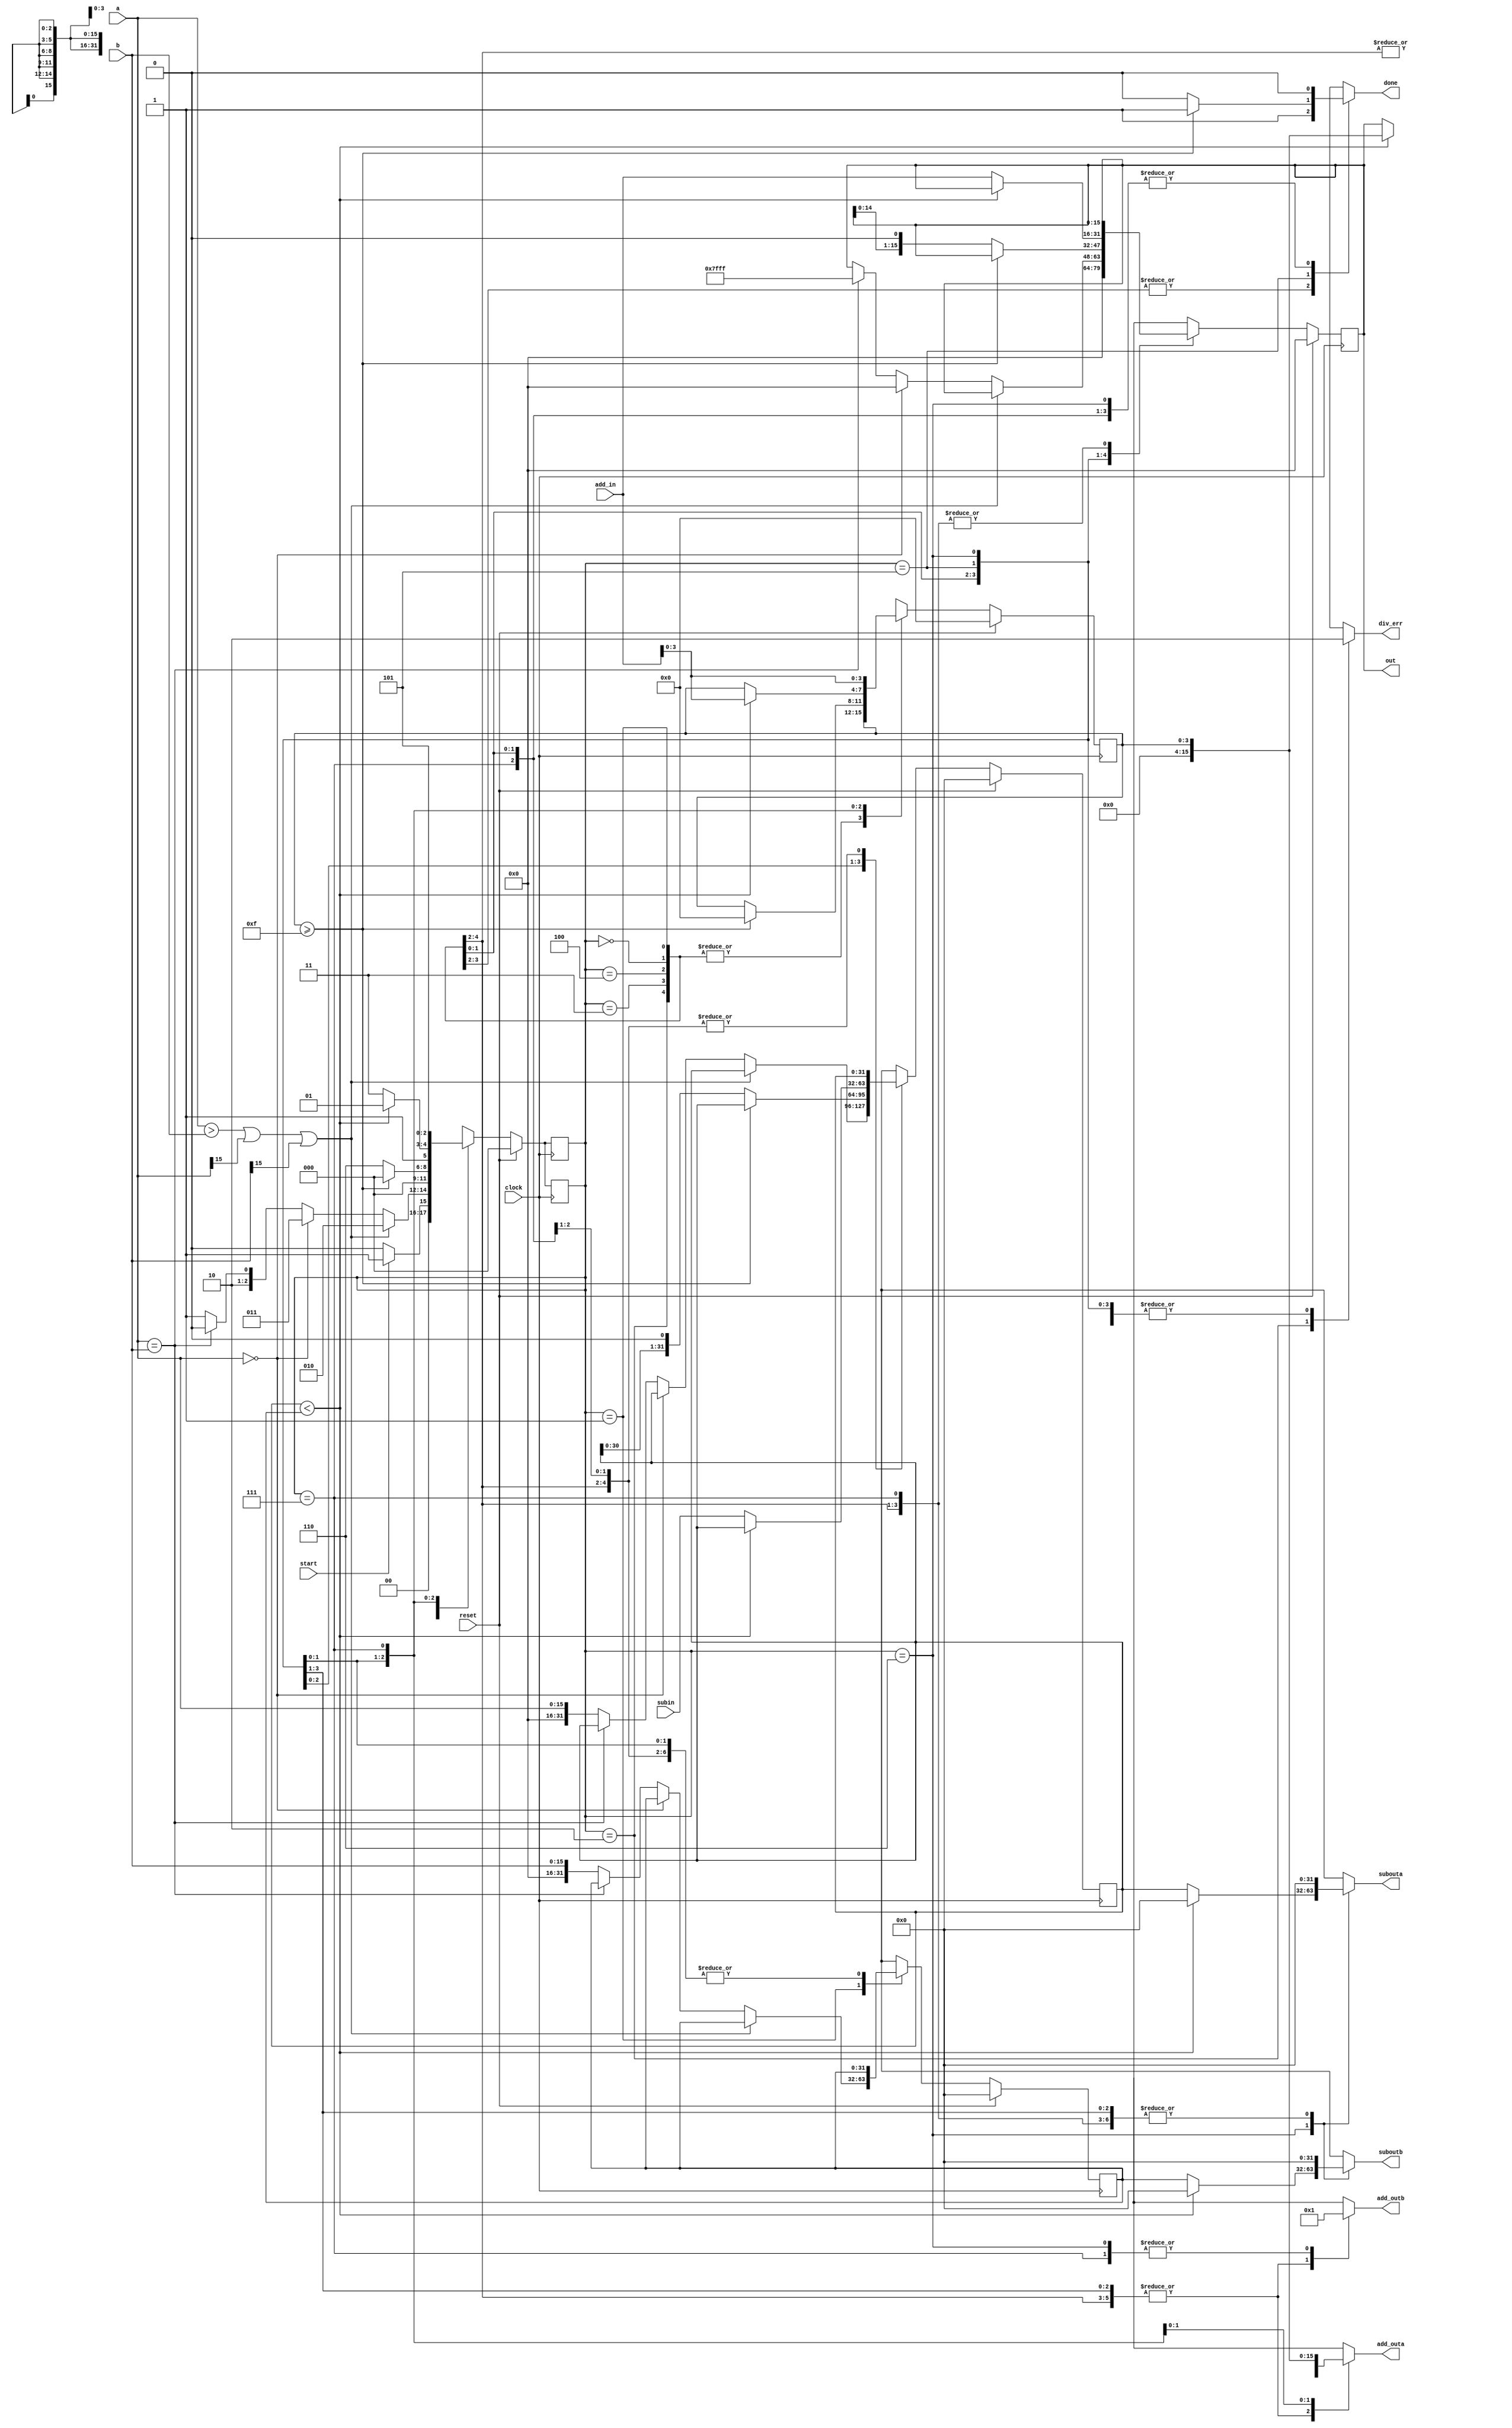
module div_s(clock, reset, a, b, div_err, out, start, done, subouta, suboutb, subin,
					add_outa,add_outb,add_in);
	input clock, reset, start;
   input [15:0] a;
   input [15:0] b;
	input [31:0] subin;
	input [15:0] add_in;
	output reg done, div_err;
   output reg [15:0] out;
	output reg [31:0] subouta, suboutb;
	output reg [15:0] add_outa, add_outb;
	
	parameter MIN_16 = 16'h8000;
	parameter MAX_16 = 16'h7fff;
	parameter init = 3'd0;
	parameter check_state = 3'd1;
	parameter err_state = 3'd2;
	parameter zero_state = 3'd3;
	parameter max_state = 3'd4;
	parameter div_state1 = 3'd5;
	parameter div_state2 = 3'd6;
	parameter div_state3 = 3'd7;
	
	reg [2:0] currentstate, nextstate;
	
	reg [3:0] iterator;
	reg [3:0] next_iterator;
	
	reg [15:0] next_out;
	
	reg [31:0] L_denom, L_num, L_out;
	reg [31:0] next_L_denom, next_L_num, next_L_out;
	
	always@(posedge clock) begin
		if(reset)
			currentstate = init;
		else
			currentstate = nextstate;
	end
	
	//temp_L_num_flop
	always@(posedge clock) begin
		if(reset)
			L_num = 0;
		else
			L_num = next_L_num;
	end
	
	//temp_L_num_flop
	always@(posedge clock) begin
		if(reset)
			L_denom = 0;
		else
			L_denom = next_L_denom;
	end
	
	always@(posedge clock) begin
		if(reset)
			out = 0;
		else
			out = next_out;
	end
	
	//iteration flop
	always@(posedge clock) begin
		if(reset)
			iterator = 0;
		else
			iterator = next_iterator;
	end
	
	always@(posedge clock) begin
		if(reset)
			currentstate = init;
		else
			currentstate = nextstate;
	end
	
	
	
	always@(*) begin
		next_L_num = L_num;
		next_L_denom = L_denom;
		next_out = out;
		next_iterator = iterator;
		nextstate = currentstate;
		done = 0;
		div_err = 0;
		
		subouta = 0;
		suboutb = 0;
		
		add_outa = 0;
		add_outb = 0;
		
		case(currentstate)
		
		
			init: begin
				next_out = 0;
				if(start==0)
					nextstate = init;
				else
					nextstate = check_state;
			end
			
			check_state: begin
				if((a>b) || (a[15]==1) || (b[15]==1))
					nextstate = err_state;
				else if(a==0) begin
					next_out = 'd0;
					nextstate = zero_state;
					end
				else if(a==b) begin
					next_out = MAX_16;
					nextstate = max_state;
				end
				else begin
					next_L_num = {16'd0,a};
					next_L_denom = {16'd0,b};
					nextstate = div_state1;
				end
			end

			err_state: begin
				div_err = 1;
				nextstate = init;
			end
			
			zero_state: begin
				done = 'd1;
				nextstate = init;
			end
			
			max_state: begin
				done = 'd1;
				nextstate = init;
			end

			div_state1: begin
				if(iterator >= 'd15) begin
					next_iterator = 0;
					done = 1;
					nextstate = init;
				end
				else begin
					next_out = out << 1;
					next_L_num = L_num << 1;
					nextstate = div_state2;
				end
			end
			
			div_state2: begin
				if(L_num < L_denom) begin
					add_outa = iterator;
					add_outb = 'd1;
					next_iterator = add_in;
					nextstate = div_state1;
				end
				else begin
					subouta = L_num;
					suboutb = L_denom;
					next_L_num = subin;
					add_outa = out;
					add_outb = 'd1;
					next_out = add_in;
					nextstate = div_state3;
				end
			end
			
			div_state3: begin
				add_outa = iterator;
				add_outb = 'd1;
				next_iterator = add_in;
				nextstate = div_state1;
			end
		endcase
	end
				
endmodule